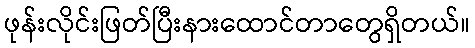
ဖုန်းလိုင်းဖြတ်ပြီးနားထောင်တာတွေရှိတယ်။